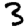
Digit: 3